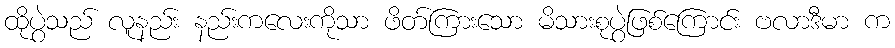
ထိုပွဲသည် လူနည်း နည်းကလေးကိုသာ ဖိတ်ကြားသော မိသားစုပွဲဖြစ်ကြောင်း ဗလာဒီမာ က